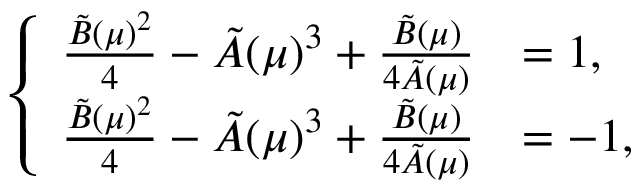
\left\{ \begin{array} { l l } { \frac { \tilde { B } ( \mu ) ^ { 2 } } { 4 } - \tilde { A } ( \mu ) ^ { 3 } + \frac { \tilde { B } ( \mu ) } { 4 \tilde { A } ( \mu ) } } & { = 1 , } \\ { \frac { \tilde { B } ( \mu ) ^ { 2 } } { 4 } - \tilde { A } ( \mu ) ^ { 3 } + \frac { \tilde { B } ( \mu ) } { 4 \tilde { A } ( \mu ) } } & { = - 1 , } \end{array} \right.